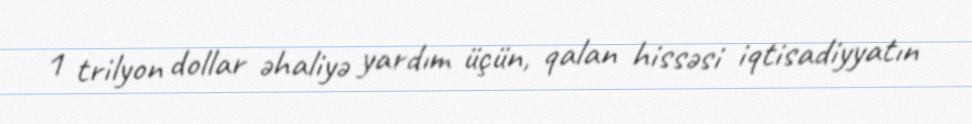
1 trilyon dollar əhaliyə yardım üçün, qalan hissəsi iqtisadiyyatın